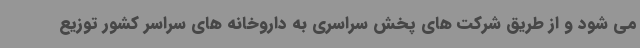
می شود و از طریق شرکت های پخش سراسری به داروخانه های سراسر کشور توزیع